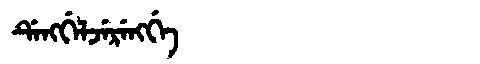
Manchu: ᡩᡝᠩᡤᡝᠯᠵᡝᡵᡝᠩᡤᡝ
Romanization: DENGGELJERENGGE